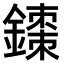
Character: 𫓇